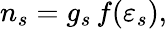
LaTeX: n_{s}=g_{s}\, f(\varepsilon_{s}),